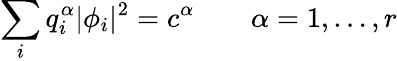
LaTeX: \sum_{i}q_{i}^{\alpha}|\phi_{i}|^{2}=c^{\alpha}\qquad\alpha=1,\ldots,r